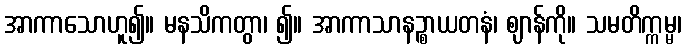
အာကာသောဟူ၍။ မနသိကတွာ၊ ၍။ အာကာသာနဉ္စာယတနံ၊ ဈာန်ကို။ သမတိက္ကမ္မ၊